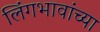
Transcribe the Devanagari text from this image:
लिंगभावांच्या